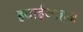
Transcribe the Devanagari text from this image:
हवाईजाहज